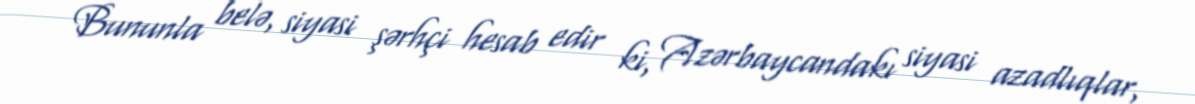
Bununla belə, siyasi şərhçi hesab edir ki, Azərbaycandakı siyasi azadlıqlar,